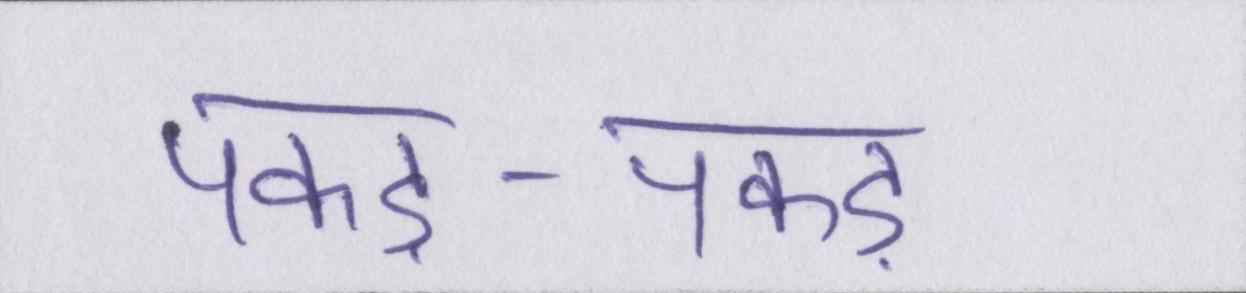
पकड़-पकड़